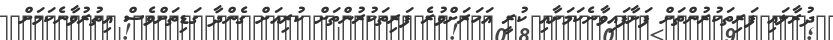
ދުރާލައި ފަރިތަކުރުންތަށް ފަށާފައިވާނެކަމަށާއި ކުރީ އަހަރަށްވުރެ ފަރިތަކުރުންތަށް ކުރިއަށް ގެންދާ ގަޑިތަށްވެސް އިތުރުވާނެކަމަށް